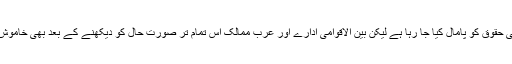
اسرائیل کی جانب سے مسلسل انسانی حقوق کو پامال کیا جا رہا ہے لیکن بین الاقوامی ادارے اور عرب ممالک اس تمام تر صورت حال کو دیکھنے کے بعد بھی خاموش تماشائی کا کردار ادا کر رہے ہیں۔